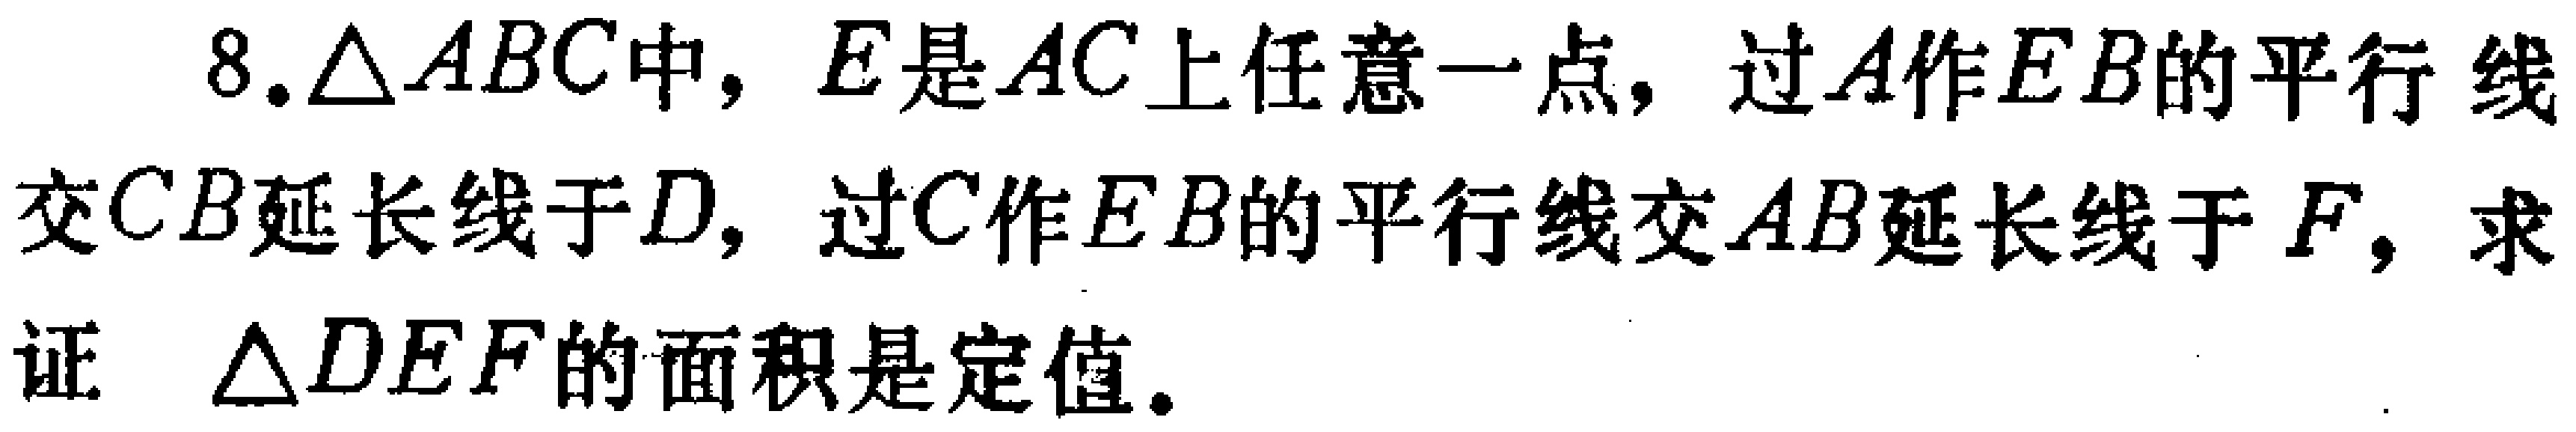
8.$\triangle ABC$中，$E$是$AC$上任意一点，过$A$作$EB$的平行线交$CB$延长线于$D$，过$C$作$EB$的平行线交$AB$延长线于$F$，求证 $\triangle DEF$的面积是定值。